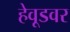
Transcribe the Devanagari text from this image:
हेवूडवर